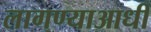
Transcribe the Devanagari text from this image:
लागण्याआधी